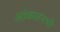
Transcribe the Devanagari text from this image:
आंकलनभी